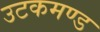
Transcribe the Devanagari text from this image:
उटकमण्ड